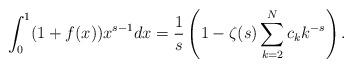
LaTeX: \begin{align*}\int_0^1 (1+f(x)) x^{s-1} dx= \frac{1}{s}\left(1- \zeta (s) \sum_{k=2}^N c_k k^{-s}\right) .\end{align*}